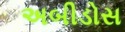
અબીડોસ